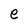
Character: e